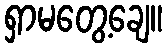
ရှာမတွေ့ချေ။